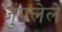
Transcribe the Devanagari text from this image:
जुंपलेले